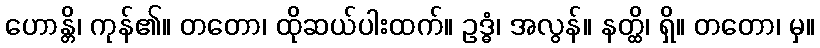
ဟောန္တိ၊ ကုန်၏။ တတော၊ ထိုဆယ်ပါးထက်။ ဥဒ္ဓံ၊ အလွန်။ နတ္ထိ၊ ရှိ။ တတော၊ မှ။